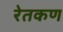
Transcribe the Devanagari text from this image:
रेतकण